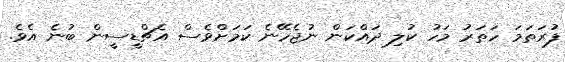
ފުރަތަމަ ހަތަރު މަހު ކުލި ދައްކަން ނުޖެހޭނެ ކަމަށްވެސް އެޗްޑީސީން ބުނެ އެވެ.